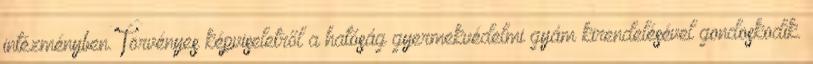
intézményben. Törvényes képviseletről a hatóság gyermekvédelmi gyám kirendelésével gondoskodik.